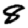
Digit: 8